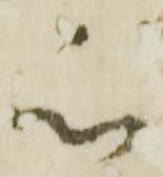
被